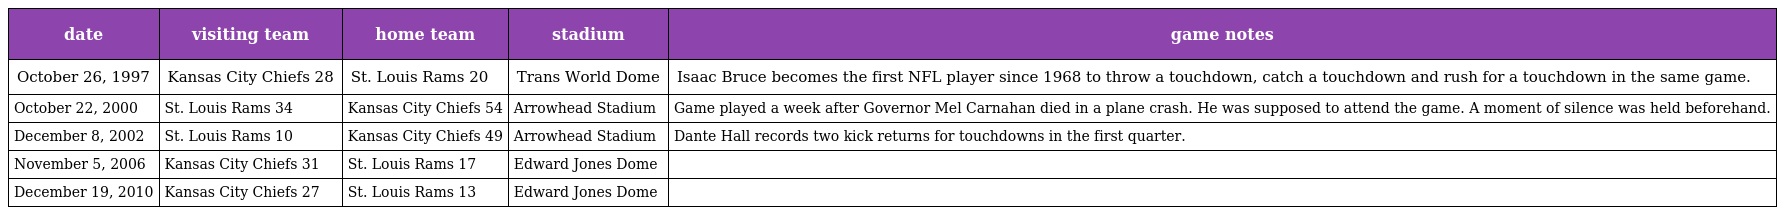
| date | visiting team | home team | stadium | game notes |
 | --- | --- | --- | --- | --- |
 | October 26, 1997 | Kansas City Chiefs 28 | St. Louis Rams 20 | Trans World Dome | Isaac Bruce becomes the first NFL player since 1968 to throw a touchdown, catch a touchdown and rush for a touchdown in the same game. |
 | October 22, 2000 | St. Louis Rams 34 | Kansas City Chiefs 54 | Arrowhead Stadium | Game played a week after Governor Mel Carnahan died in a plane crash. He was supposed to attend the game. A moment of silence was held beforehand. |
 | December 8, 2002 | St. Louis Rams 10 | Kansas City Chiefs 49 | Arrowhead Stadium | Dante Hall records two kick returns for touchdowns in the first quarter. |
 | November 5, 2006 | Kansas City Chiefs 31 | St. Louis Rams 17 | Edward Jones Dome |  |
 | December 19, 2010 | Kansas City Chiefs 27 | St. Louis Rams 13 | Edward Jones Dome |  |